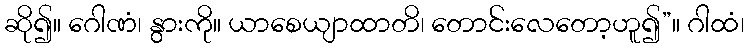
ဆို၍။ ဂေါဏံ၊ နွားကို။ ယာစေယျာထာတိ၊ တောင်းလေတော့ဟူ၍”။ ဂါထံ၊